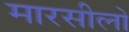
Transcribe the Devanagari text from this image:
मारसीलो